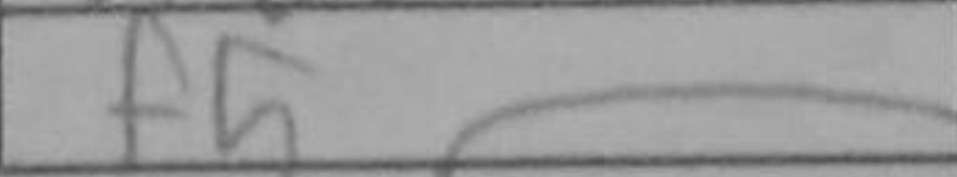
Transcription: f5